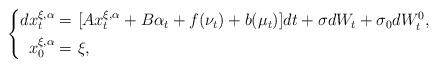
LaTeX: \begin{align*} \left\{ \begin{aligned}dx_t^{\xi,\alpha}=&~[Ax_t^{\xi,\alpha}+B\alpha_t+f(\nu_t)+b(\mu_t)]dt+\sigma dW_t+\sigma_0dW^0_t,\\ x_0^{\xi,\alpha}=&~\xi, \end{aligned} \right. \end{align*}